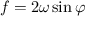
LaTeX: f = 2 \omega \sin \varphi